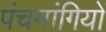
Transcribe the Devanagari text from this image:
पंचमांगियों